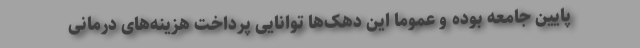
پایین جامعه بوده و عموما این دهک‌ها توانایی پرداخت هزینه‌های درمانی